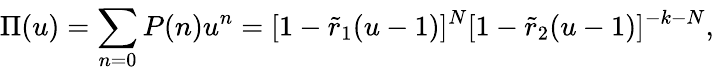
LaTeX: \Pi(u)=\sum_{n=0}^{}P(n)u^{n}=[1-\tilde{r}_{1}(u-1)]^{N}[1-\tilde{r}_{2}(u-1)]^{-k-N},